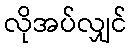
လိုအပ်လျှင်